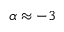
\alpha \approx - 3